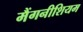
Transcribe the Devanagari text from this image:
मैंगनीशियम